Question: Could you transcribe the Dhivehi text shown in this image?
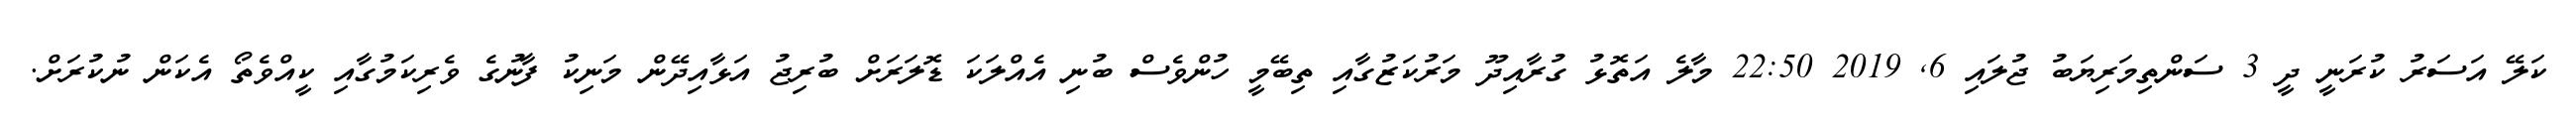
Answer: ކަލޭ އަސަރު ކުރަނީ ދީ 3 ސަންތިމަރިޔަބު ޖުލައި 6, 2019 22:50 މާލެ އަތޮޅު ގުރާއިދޫ މަރުކަޒުގާއި ތިބޭމީ ހުންވެސް ބުނި އެއްލަކަ ޑޮލަރަށް ބުރިޖު އަޅާއިދޭން މަނިކު ފާނުގެ ވެރިކަމުގާއި ކީއްވެތޯ އެކަން ނުކުރަށް.